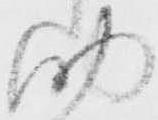
助